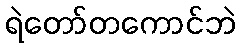
ရဲတော်တကောင်ဘဲ